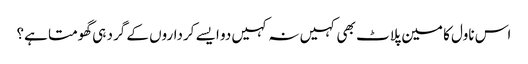
اس ناول کا مین پلاٹ بھی کہیں نہ کہیں دو ایسے کرداروں کے گرد ہی گھومتا ہے؟